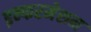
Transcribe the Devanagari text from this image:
इन्फरमेशन